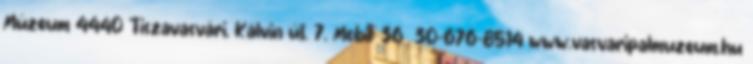
Múzeum 4440 Tiszavasvári, Kálvin út. 7. Mobil: 36 30-676-8514 www.vasvaripalmuzeum.hu